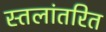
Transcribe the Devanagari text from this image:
स्तलांतरित